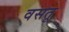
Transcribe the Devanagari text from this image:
वसतू